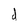
Character: d